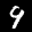
Label: 9